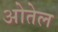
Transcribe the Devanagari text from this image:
ओतेल